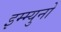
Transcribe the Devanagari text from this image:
इम्म्युनो